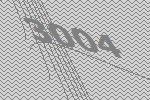
3004